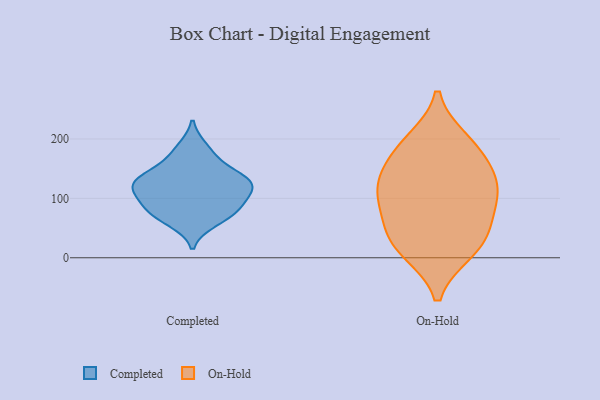
{"axis": {"x": "Gross Profit (USD K)", "y": "Value"}, "legend": ["Completed", "On-Hold"], "data": [{"x": "", "y": 61, "type": "Completed"}, {"x": "", "y": 166, "type": "Completed"}, {"x": "", "y": 127, "type": "Completed"}, {"x": "", "y": 99, "type": "Completed"}, {"x": "", "y": 139, "type": "Completed"}, {"x": "", "y": 74, "type": "Completed"}, {"x": "", "y": 79, "type": "Completed"}, {"x": "", "y": 123, "type": "Completed"}, {"x": "", "y": 123, "type": "Completed"}, {"x": "", "y": 132, "type": "Completed"}, {"x": "", "y": 185, "type": "Completed"}, {"x": "", "y": 84, "type": "Completed"}, {"x": "", "y": 113, "type": "Completed"}, {"x": "", "y": 11, "type": "On-Hold"}, {"x": "", "y": 166, "type": "On-Hold"}, {"x": "", "y": 45, "type": "On-Hold"}, {"x": "", "y": 98, "type": "On-Hold"}, {"x": "", "y": 41, "type": "On-Hold"}, {"x": "", "y": 187, "type": "On-Hold"}, {"x": "", "y": 82, "type": "On-Hold"}, {"x": "", "y": 130, "type": "On-Hold"}, {"x": "", "y": 117, "type": "On-Hold"}, {"x": "", "y": 197, "type": "On-Hold"}, {"x": "", "y": 13, "type": "On-Hold"}, {"x": "", "y": 125, "type": "On-Hold"}]}